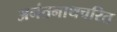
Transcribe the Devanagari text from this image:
अनंतनाथचरित